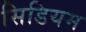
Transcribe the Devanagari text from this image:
सिडियम